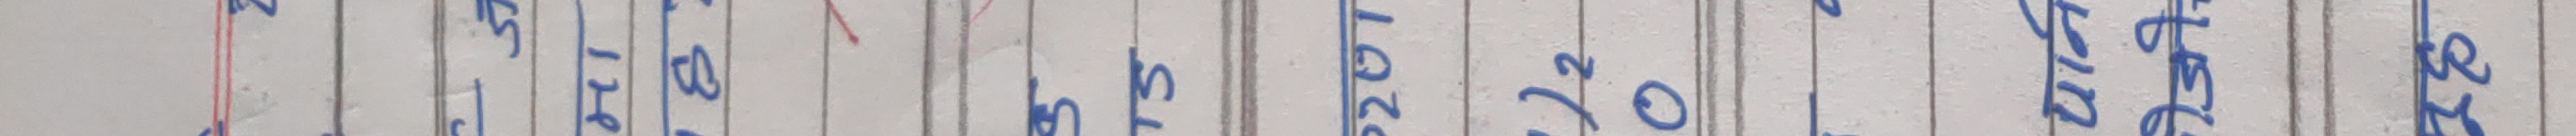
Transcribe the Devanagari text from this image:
अक्टोबर
१६
२०
२०१६
अभ्यासपत्रिका